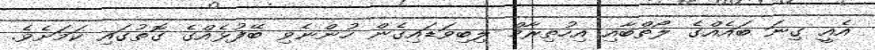
އެއީ ގިނަ ބައެއްގެ ލޯތްބާއި އިހުތިރާމް ލިބިވަޑައިގެން ހުންނެވި ބޭފުޅެއްގެ ގޮތުގައި ކަމަށެވެ.